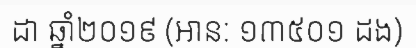
ដា ឆ្នាំ២០១៩ (អាន: ១៣៥០១ ដង)